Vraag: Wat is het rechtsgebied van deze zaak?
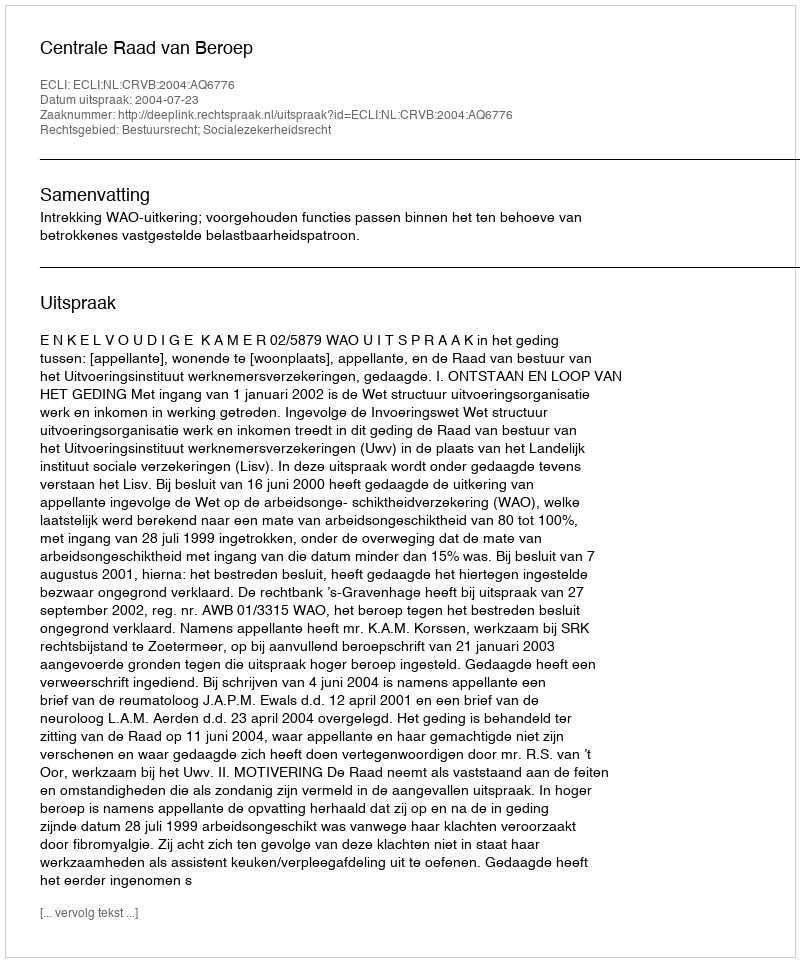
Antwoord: Bestuursrecht; Socialezekerheidsrecht